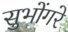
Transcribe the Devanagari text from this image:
सुभोंगरे